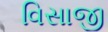
વિસાજી